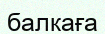
балкаға